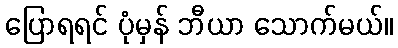
ပြောရရင် ပုံမှန် ဘီယာ သောက်မယ်။